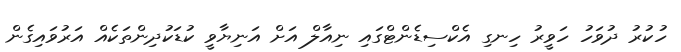
ހުކުރު ދުވަހު ހަވީރު ހިނގި އެކްސިޑެންޓްގައި ނިއާލް އަށް އަނިޔާވީ ކުޑަކުދިންތަކެއް އަރުވައިގެން